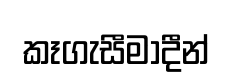
කෑගැසීමාදීන්